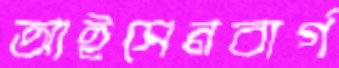
আইসেনবার্গ